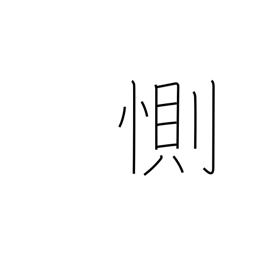
Meaning: be sad